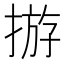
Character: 𢰧